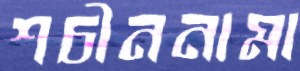
শচীননামা